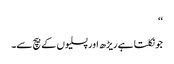
‘‘
جو نکلتا ہے ریڑھ اور پسلیوں کے بیچ سے۔